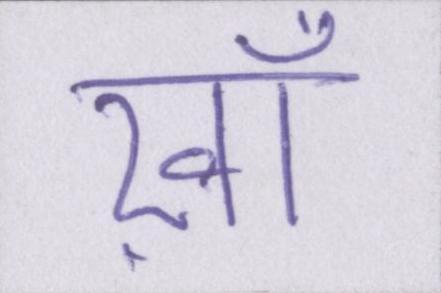
ख़ाँ